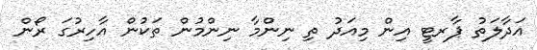
އަދާލަތު ޕާރޓީ އިން މިއަދު ތި ނިންމާ ނިންމުން ތަކުން އާހިރުގަ ރޯން